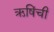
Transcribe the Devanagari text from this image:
ऋषिंची